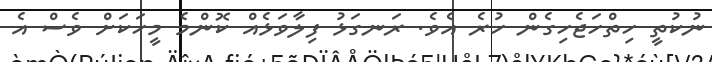
ނުކުތީ ހިތްހަޖެހިގެން ހުރެ އެވެ. ރަނގަޅު ފިލާވަޅެއް ކޮންމެ މީހަކަށް ވެސް އެ